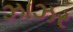
ઝાઝર